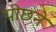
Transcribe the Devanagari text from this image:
पीछने